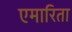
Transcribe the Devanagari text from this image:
एमारिता